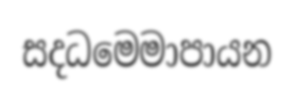
සදධමෙමාපායන